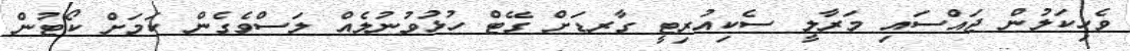
ވެހިކަލުން ޖައްސައި މަރާލީ ސެކިއުރިޓީ ގާރޑަށް ގޭޓް ހުޅުވުނުލެއް ލަސްވެގެން ކަމަށް ކޯޓުން